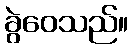
ခွဲဝေသည်။